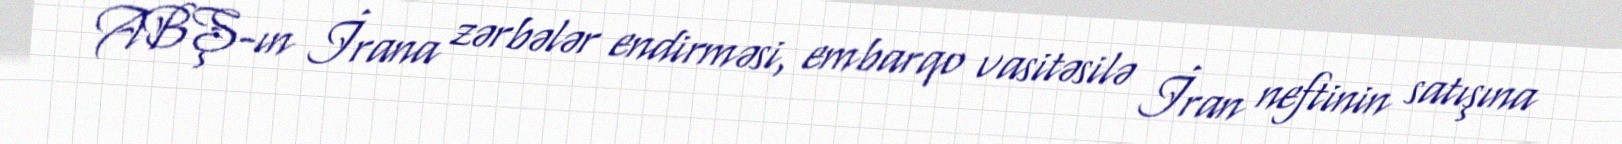
ABŞ-ın İrana zərbələr endirməsi, embarqo vasitəsilə İran neftinin satışına